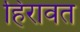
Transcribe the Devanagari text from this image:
हिरावत